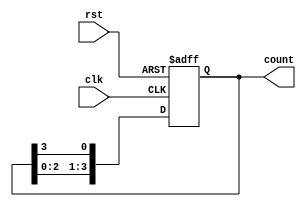
module RingCounter #(
    parameter N = 4  // Number of stages (can be modified as needed)
)(
    input wire clk,     // Clock input
    input wire rst,     // Asynchronous reset
    output reg [N-1:0] count // Output representing the state of the counter
);

// Internal signal for the next state
reg [N-1:0] next_count;

// Always block for state transitions
always @(posedge clk or posedge rst) begin
    if (rst) begin
        // Initialize the counter to the first state
        count <= 1'b1; // Set the first flip-flop high
    end else begin
        // Shift the '1' to the next stage
        count <= next_count;
    end
end

// Combinational logic to determine the next state
always @(*) begin
    next_count = {count[N-2:0], count[N-1]}; // Shift the '1' right
end

endmodule